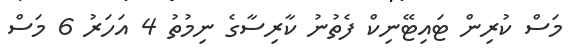
މަސް ކުރިން ޓައިޓޭނިކް ފެތުނު ކާރިސާގެ ނިމުތު 4 އަހަރު 6 މަސް